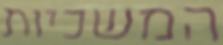
המשכיות